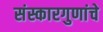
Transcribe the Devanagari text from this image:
संस्कारगुणांचे